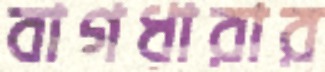
বাগধারার